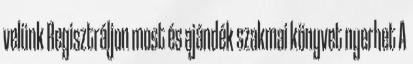
velünk Regisztráljon most és ajándék szakmai könyvet nyerhet A